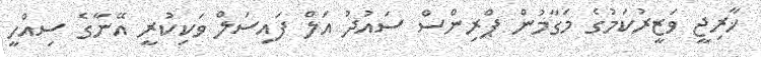
ޚާރިޖީ ވަޒީރުކަމުގެ މަގާމުން ޕްރިންސް ސައުދު އަލް ފައިސަލް ވަކިކުރީ އޭނާގެ ސިއްހީ